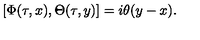
[ \Phi ( \tau , x ) , \Theta ( \tau , y ) ] = i \theta ( y - x ) .